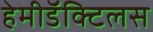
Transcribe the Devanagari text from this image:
हेमीडॅक्टिलस